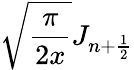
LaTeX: \sqrt{\frac{\pi}{2x}}J_{n+\frac{1}{2}}